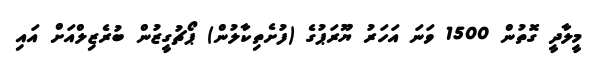
މީލާދީ ގޮތުން 1500 ވަނަ އަހަރު ޔޫރަޕުގެ (ފުށެތިކާލުން) ޕޯޗުގީޒުން ބުރެޒިލްއަށް އައި